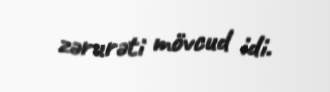
zərurəti mövcud idi.